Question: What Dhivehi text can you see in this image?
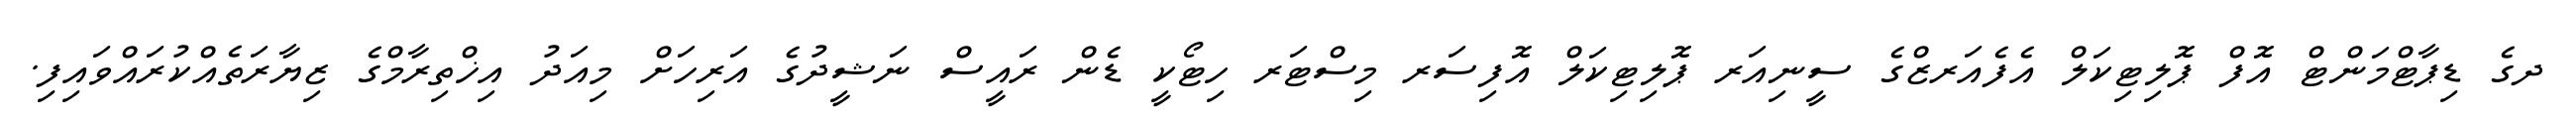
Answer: ދގެ ޑިޕާޓްމަންޓް އޮފް ޕޮލިޓިކަލް އެފެއަރޒްގެ ސީނިއަރ ޕޮލިޓިކަލް އޮފިސަރ މިސްޓަރ ހިޓޯކީ ޑެން ރައީސް ނަޝީދުގެ އަރިހަށް މިއަދު އިޚްތިރާމްގެ ޒިޔާރަތެއްކުރައްވައިފި.